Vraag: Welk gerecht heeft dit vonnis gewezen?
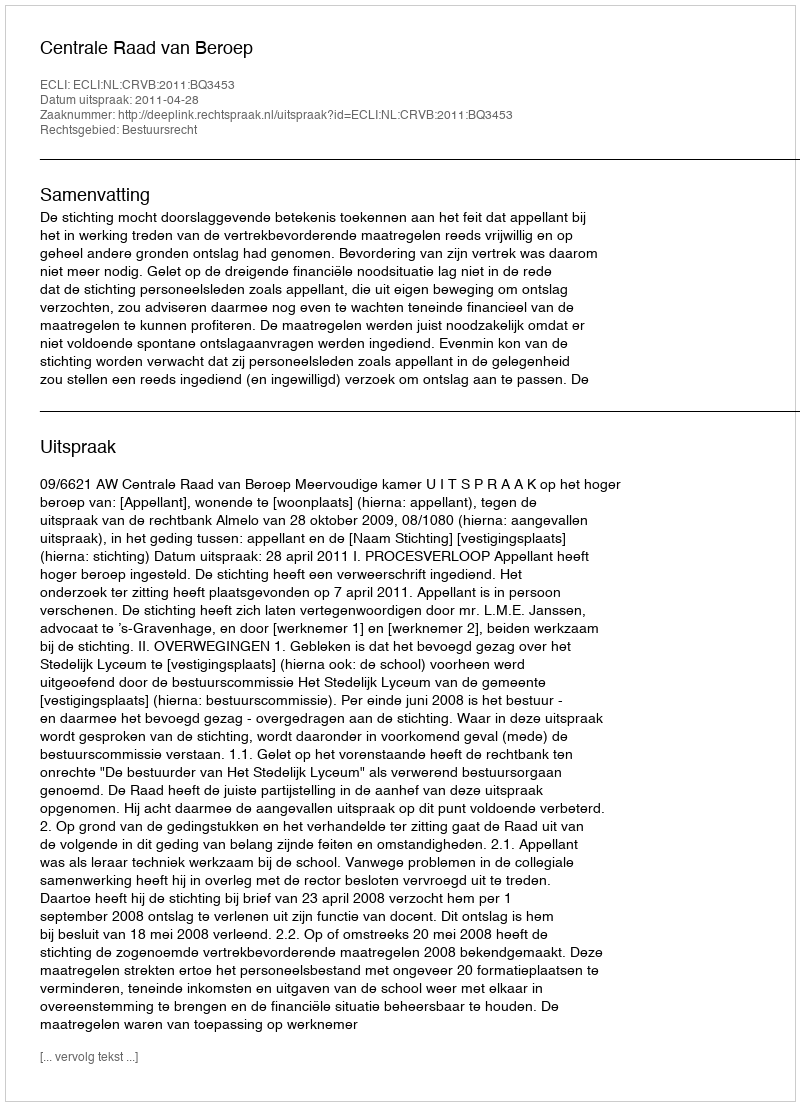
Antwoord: Centrale Raad van Beroep